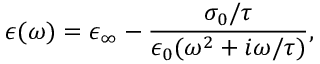
\epsilon ( \omega ) = \epsilon _ { \infty } - \frac { \sigma _ { 0 } / \tau } { \epsilon _ { 0 } ( \omega ^ { 2 } + i \omega / \tau ) } ,